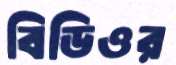
বিডিওর